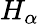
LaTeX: H_{\alpha}